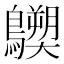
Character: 𪇐